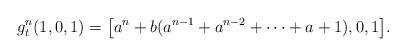
LaTeX: \begin{align*} g_t^n(1,0,1) = \bigl[a^n+b(a^{n-1}+a^{n-2}+\cdots+a+1),0,1\bigr].\end{align*}